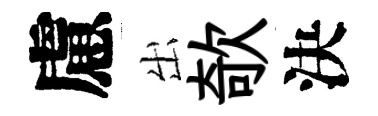
慮出欹決